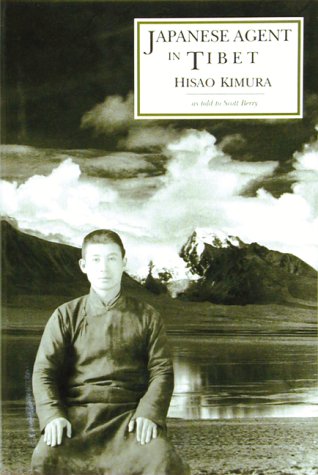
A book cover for Japanese Agent in Tibet: My Ten Years of Travel in Disguise; Hisao Kimura; Travel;